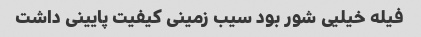
فیله خیلیی شور بود سیب زمینی کیفیت پایینی داشت